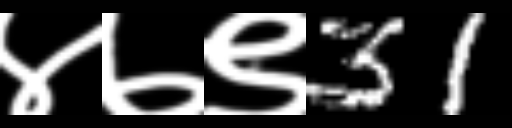
Text: ४७९31